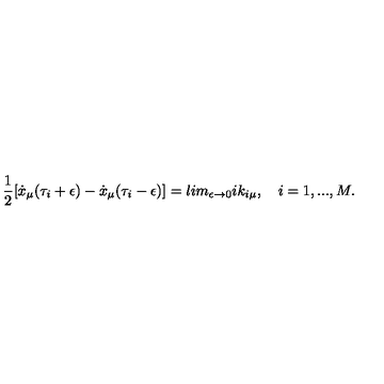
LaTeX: { \frac { 1 } { 2 } } [ \dot { x } _ { \mu } ( \tau _ { i } + \epsilon ) - \dot { x } _ { \mu } ( \tau _ { i } - \epsilon ) ] = l i m _ { \epsilon \rightarrow 0 } i k _ { i \mu } , \quad i = 1 , . . . , M .